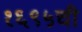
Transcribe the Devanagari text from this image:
१६९५ची